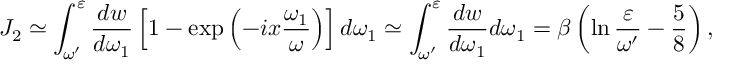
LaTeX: J _ { 2 } \simeq \int _ { \omega ^ { \prime } } ^ { \varepsilon } \frac { d w } { d \omega _ { 1 } } \left[ 1 - \exp \left( - i x \frac { \omega _ { 1 } } { \omega } \right) \right] d \omega _ { 1 } \simeq \int _ { \omega ^ { \prime } } ^ { \varepsilon } \frac { d w } { d \omega _ { 1 } } d \omega _ { 1 } = \beta \left( \ln \frac { \varepsilon } { \omega ^ { \prime } } - \frac { 5 } { 8 } \right) ,